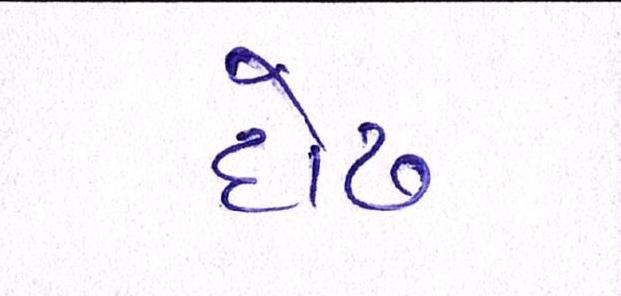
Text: દોઢ